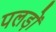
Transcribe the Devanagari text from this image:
पलड़ों